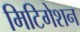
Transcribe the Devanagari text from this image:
मिटिगेशन